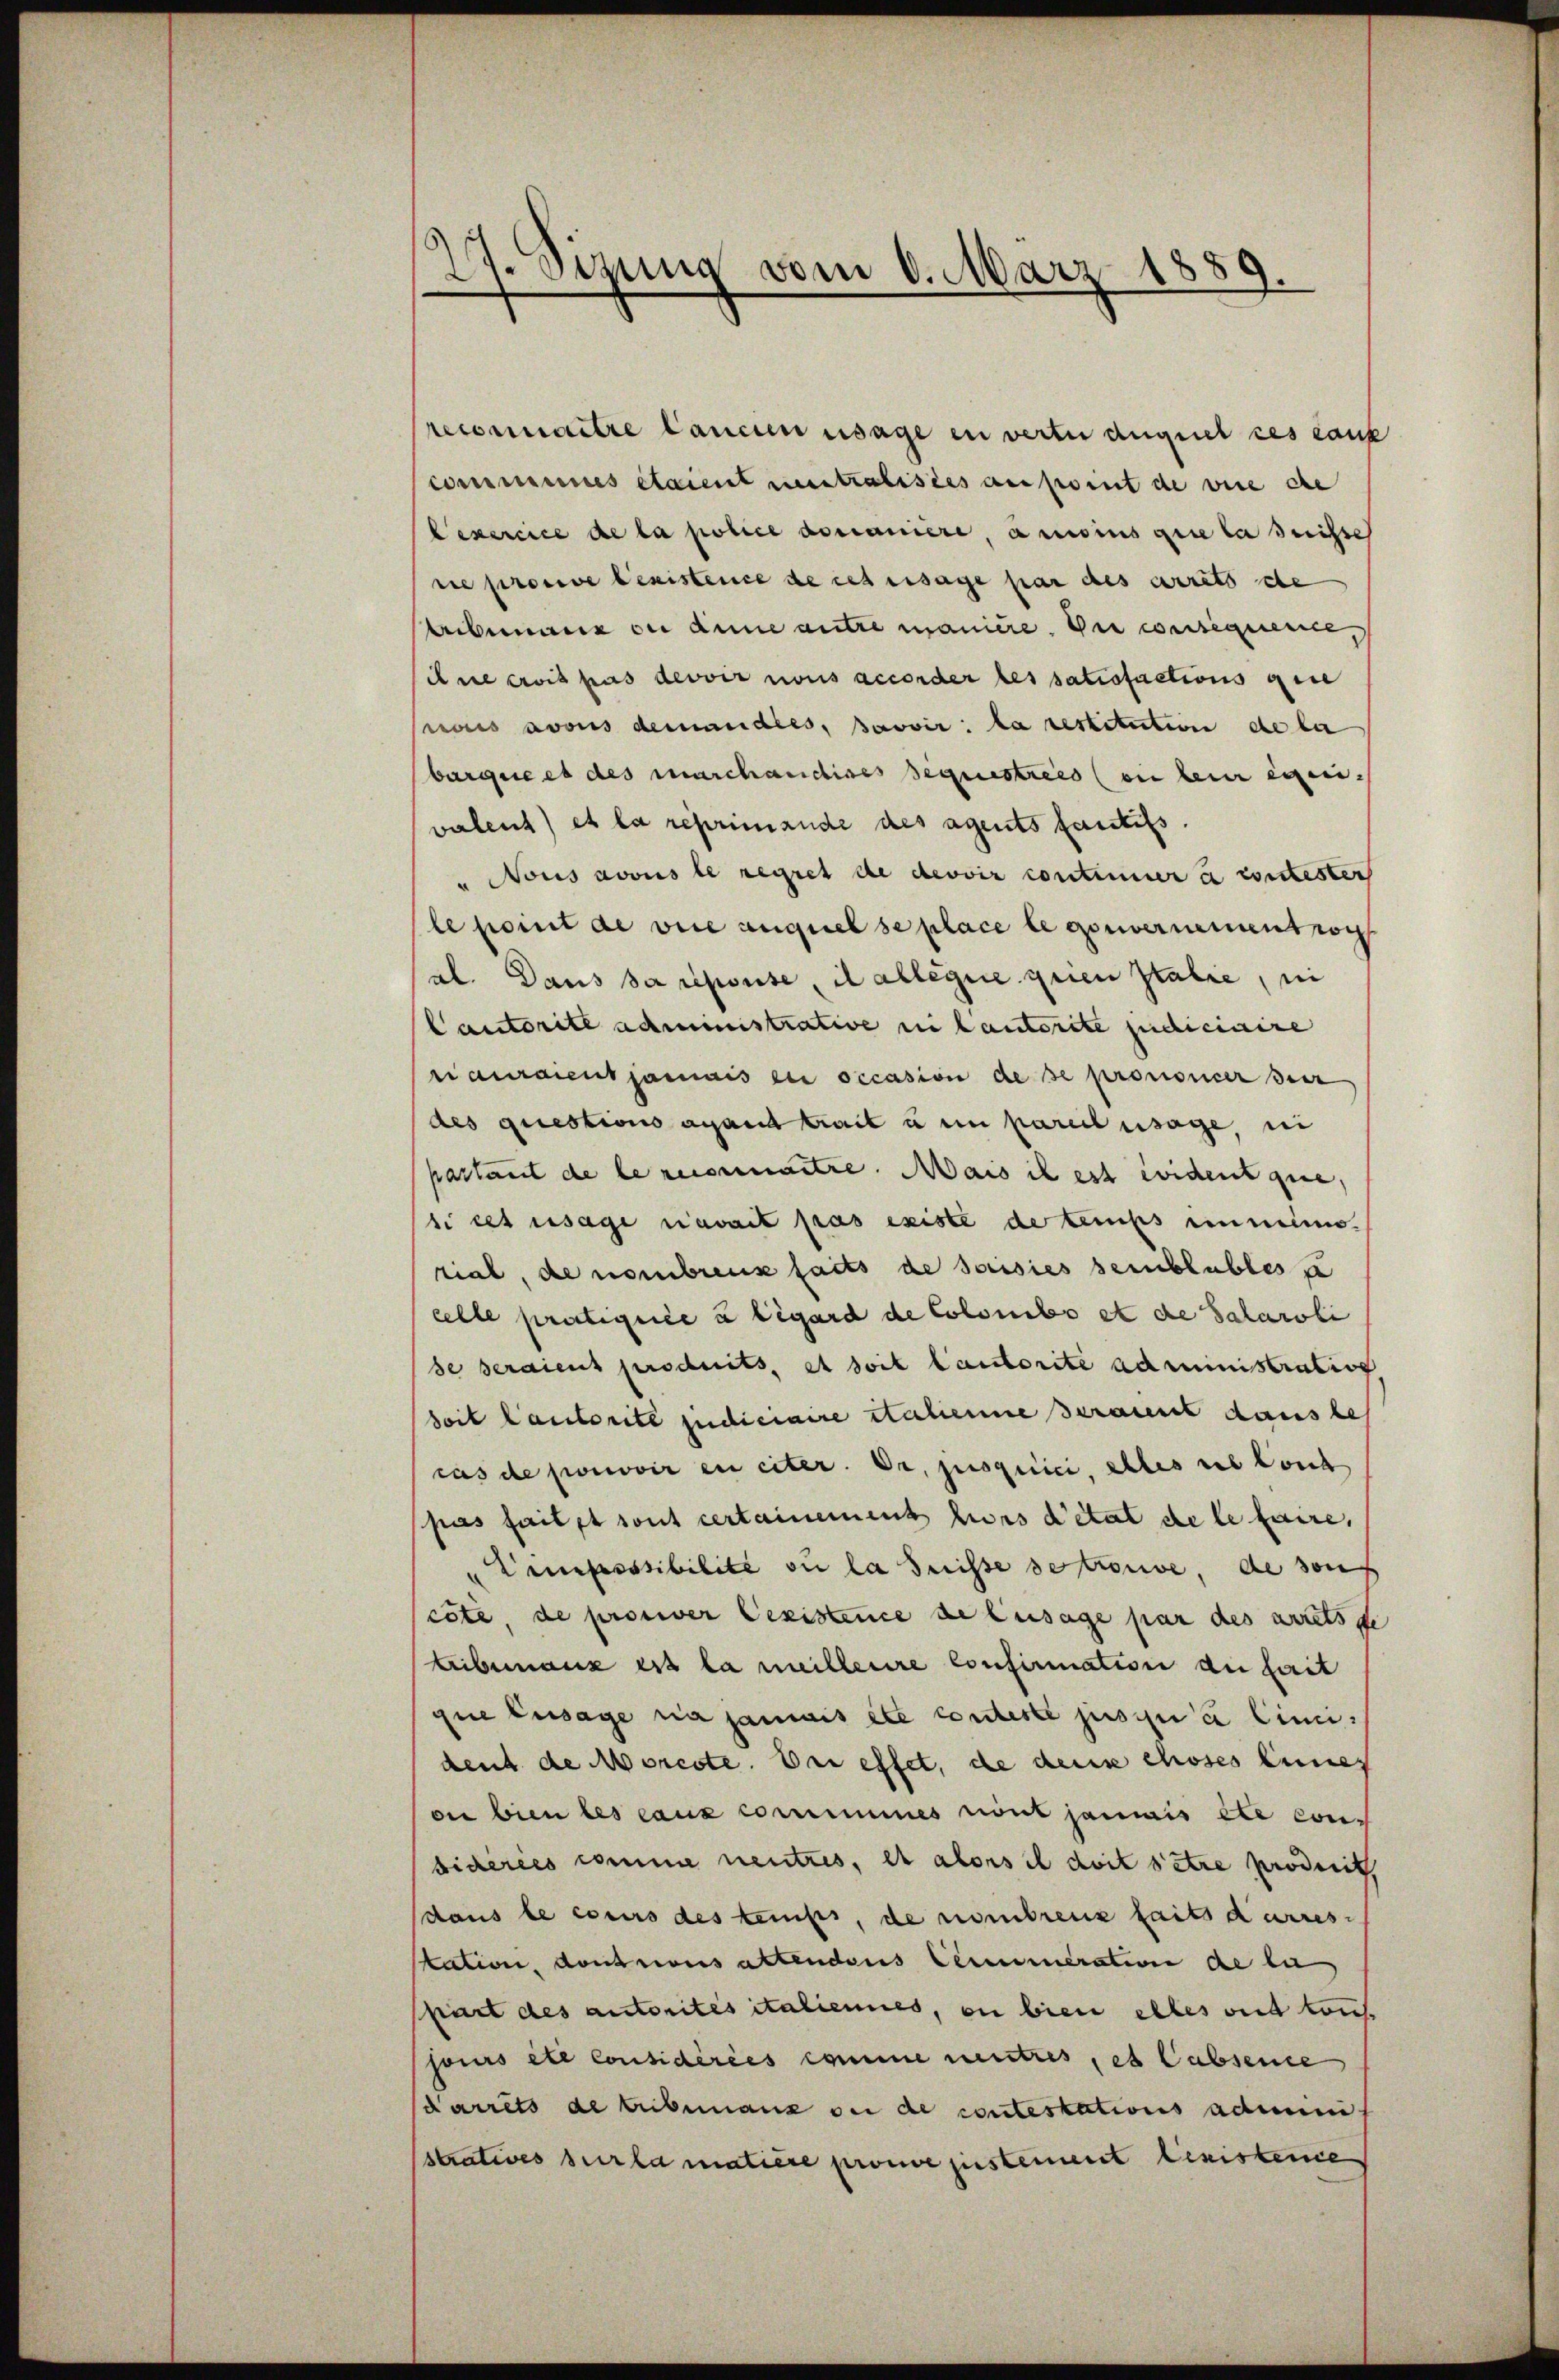
97. Sizung vom 6. März 1889.
e

reconnaitre lancien usage in verter auguel ces cank
commissines étaient neutralisies ansport de vire de
Lexercice de la police domaniere, ansins que la derisse
ne prouve lexistence de cet ersage par des arrêts de
biberaus de dene antre maniere. Die consequenice,
dne croit pas devoir nous accorder les satisfactions gese
rais avous demandles, pavvir: la restitution de be
bargere es des marchanchises bequestreis (an kein exerivalent) et la reprimande des agents fantifs.
" Nous avous le regret de devoir contimier à contesten
le point de vice auquel se place le convernementrog
al. Dans sa repouse, il allegie quien Italie, ni
Cautorité administrative in lautorite judicinire
ri auraient jamais ein occasion de se prononcer der
des questions aband trait u in pareil usage, ni
pastant de le reconnaitre. Mais il est wident que,
si ces usage avait pas existe de temps einminio.
rial, de nombreuzfaits de saisies semblables z
celle praetigeiée u legard de Colonito et die Salaroli
se seraient produits, et soit lautorite administration
soit lautorité judiciaire Statienne seraint dans le
cas de pouvoir en citer. Dr. jusquici, elles ses Lorch
pas faits sont certainement hiers detat de le faire,
" Professsibilité ou la Suisse se trouve de souf
cote, de prosiver Cexistence de Zusage par des arretsge
Leibenanz ist la meilleure confirmation du fait
que usage sia jamais et conteste jusquai Einn
dent de Morcote. Der effet, de deine choses eines
on bien des eaux commines nönt jamais et conbideres comme neutres, es alors il doit être producit,
daus le cours des temps, de nombreuz faits durres-
station, dontrons altendeus Cenumeration de li
part des autorités italiennes, in bien alles weit tauf
sours etc Considérées comme mitres, et Cabsence
darrets de tubenaue ou de contestations admini
stratives sur la matière prouve gestement lexistence